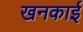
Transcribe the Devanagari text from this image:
खनकाई